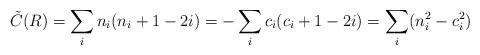
LaTeX: \begin{align*}{\tilde C} (R) = \sum_i n_i ( n_i + 1 - 2 i) = -\sum_i c_i ( c_i + 1 - 2 i) = \sum_i ( n_i^2 - c_i^2)\end{align*}